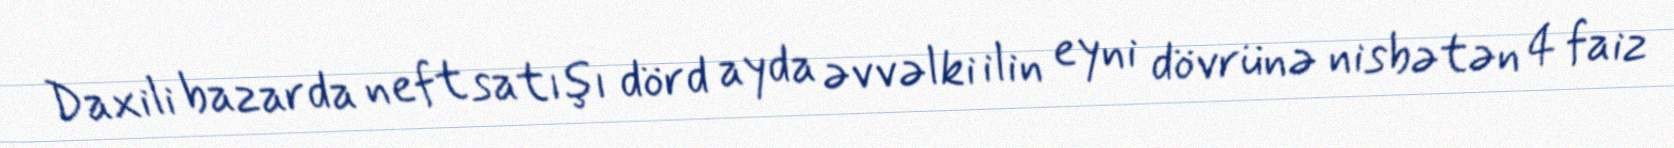
Daxili bazarda neft satışı dörd ayda əvvəlki ilin eyni dövrünə nisbətən 4 faiz